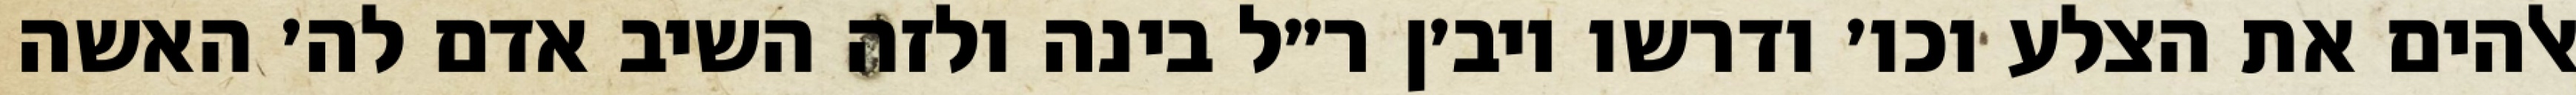
אלהים את הצלע וכו׳ ודרשו ויב׳ן ר״ל בינה ולזה השיב אדם לה׳ האשה